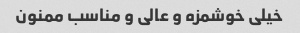
خیلی خوشمزه و عالی و مناسب ممنون